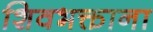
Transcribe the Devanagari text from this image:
शिवभक्ताना